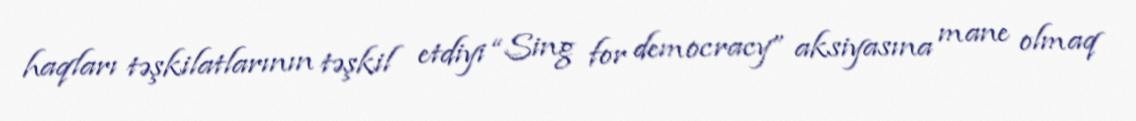
haqları təşkilatlarının təşkil etdiyi “Sing for democracy” aksiyasına mane olmaq